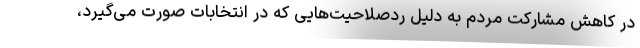
در کاهش مشارکت مردم به دلیل ردصلاحیت‌هایی که در انتخابات صورت می‌گیرد،